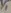
Text: Y1